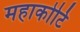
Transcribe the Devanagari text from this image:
महाकोटि